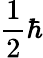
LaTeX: {\frac{1}{2}}\hbar